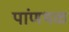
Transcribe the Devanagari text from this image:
पांणथळ